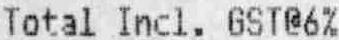
TOTAL INCL. GST@6%